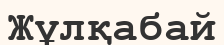
Жұлқабай